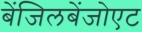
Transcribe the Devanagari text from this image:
बेंजिलबेंजोएट